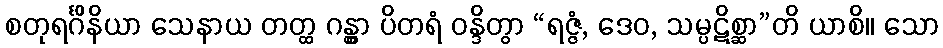
စတုရင်္ဂိနိယာ သေနာယ တတ္ထ ဂန္တွာ ပိတရံ ဝန္ဒိတွာ “ရဇ္ဇံ, ဒေဝ, သမ္ပဋိစ္ဆာ”တိ ယာစိ။ သော